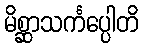
မိစ္ဆာသင်္ကပ္ပေါတိ